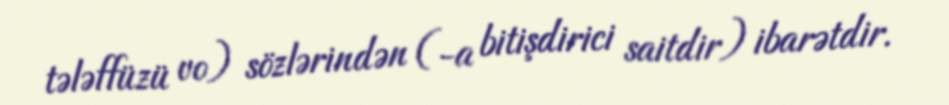
tələffüzü vo) sözlərindən (-a bitişdirici saitdir) ibarətdir.